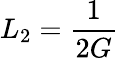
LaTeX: L_{2}={\frac{1}{2G}}